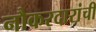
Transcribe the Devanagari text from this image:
नौकरदारांची